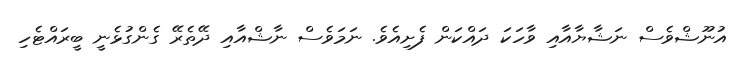
އުނޫޝްވެސް ނަޝާޔާއާއި ވާހަކަ ދައްކަން ފެށިއެވެ. ނަމަވެސް ނާޝްއާއި ދޭތެރޭ ގެންގުޅެނީ ބީރައްޓެހި